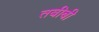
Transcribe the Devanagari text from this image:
तबीबी